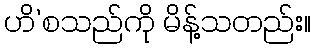
ဟိ’စသည်ကို မိန့်သတည်း။